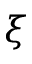
\xi